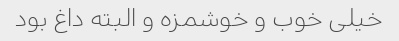
خیلی خوب و خوشمزه و البته داغ بود